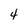
Character: 4